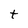
Character: t